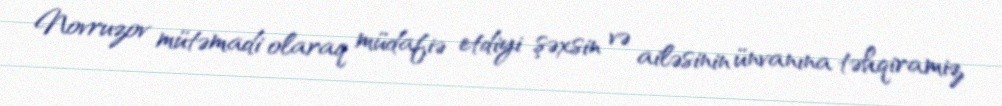
Novruzov mütəmadi olaraq müdafiə etdiyi şəxsin və ailəsinin ünvanına təhqiramiz